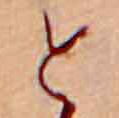
と